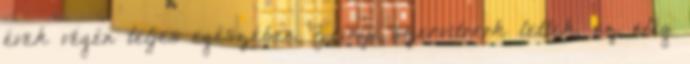
évek végén teljes egészében Zrínyi szervitorok lettek, ez elég